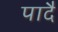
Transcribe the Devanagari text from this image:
पादै